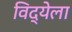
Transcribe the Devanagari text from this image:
विद्येला